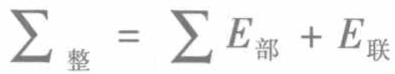
\(\sum_{整} = \sum E_{部} + E_{联}\)